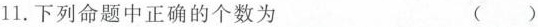
11.下列命题中正确的个数为 ( )